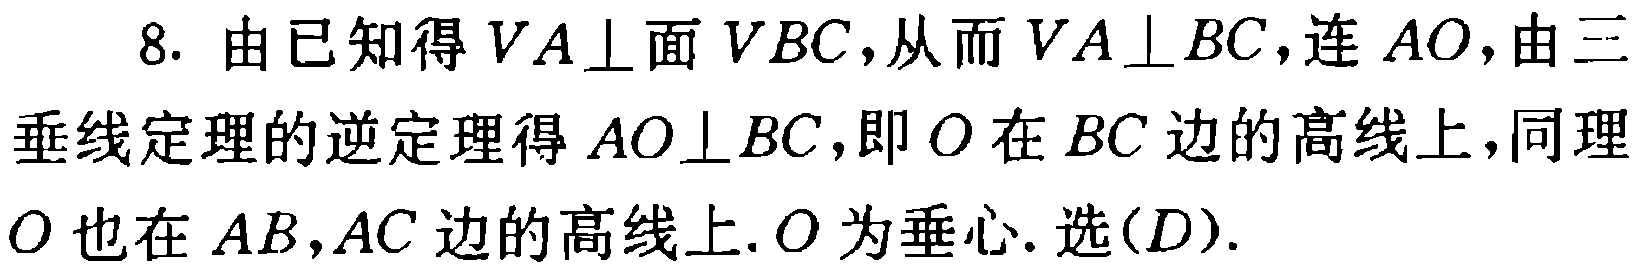
8. 由已知得 \(VA\perp\)面 \(VBC\)，从而 \(VA\perp BC\)，连 \(AO\)，由三垂线定理的逆定理得 \(AO\perp BC\)，即 \(O\)在 \(BC\)边的高线上，同理 \(O\)也在 \(AB,AC\)边的高线上. \(O\)为垂心. 选\((D)\).